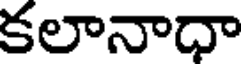
కలానాధా